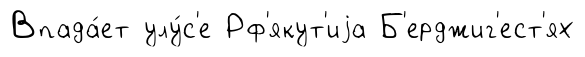
Впада́ет улу́с'е Рф'якут'иjа Б'ерджиг'ест'ях